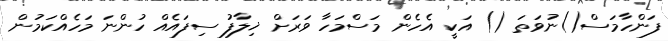
ފަންހާމަސް()ނުވަތަ () އަކީ އެހެން މަސްމަހާ ވަރަށް ޚިލާފު ސިފައެއް ހުންނަ މަހެއްކަމުން